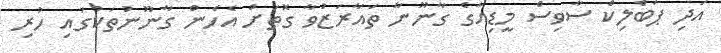
އަދި ޕަބްލިކް ސާވިސް މީޑިއާގެ ގާނޫނާ ތައާރަޒުވާ ގޮތަށް އެހެން ގާނޫނުތަކުގައި ހުރި